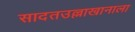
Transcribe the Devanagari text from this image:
सादतउल्लाखानाला